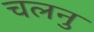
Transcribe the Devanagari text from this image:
चलनु